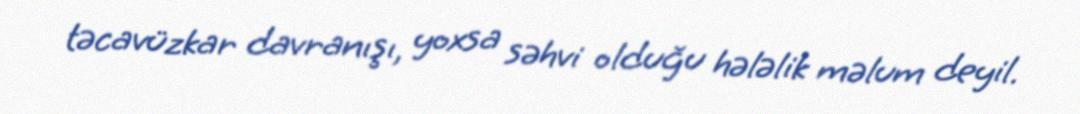
təcavüzkar davranışı, yoxsa səhvi olduğu hələlik məlum deyil.